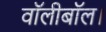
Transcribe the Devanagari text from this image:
वॉलीबॉल।